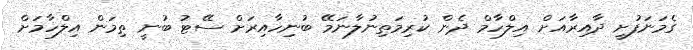
ގެމަނަފުށީ ދާއިރާއަށް އިލްހާމް ދެން ކުރިމަތިނުލާނަމޭ ބުނިހާއިރަށް ސޭޓު ބުނީ ތިމަން އިލްހާމަށް